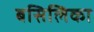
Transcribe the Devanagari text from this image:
बसिलिका